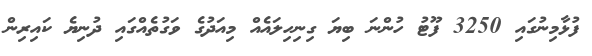
ފުޅާމިނުގައި 3250 ފޫޓު ހުންނަ ބިޔަ ގިނިހިލައެއް މިއަދުގެ ވަގުތެއްގައި ދުނިޔެ ކައިރިން